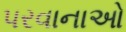
પરવાનાઓ